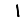
Digit: 1